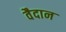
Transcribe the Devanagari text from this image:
वैदान